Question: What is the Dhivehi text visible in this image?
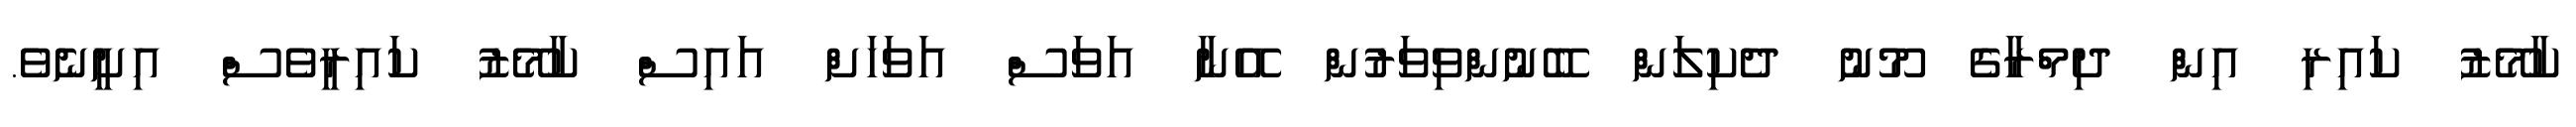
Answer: ކާމޭޒު ކައިރި އިން ދިމްރާގެ މޫނު ދެކިލަން ބޭނުންވިވަރުން އޭނާ އަވަސް އަވަހަށް އައިސް ކާމޭޒު ކައިރީވެސް އިށީނެވެ.